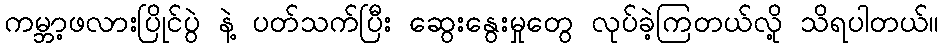
ကမ္ဘာ့ဖလားပြိုင်ပွဲ နဲ့ ပတ်သက်ပြီး ဆွေးနွေးမှုတွေ လုပ်ခဲ့ကြတယ်လို့ သိရပါတယ်။